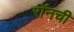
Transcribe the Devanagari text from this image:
रॉनची